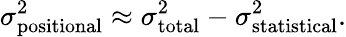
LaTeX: \sigma_{\mathrm{positional}}^{2}\approx\sigma_{\mathrm{total}}^{2}-\sigma_{\mathrm{statistical}}^{2}.